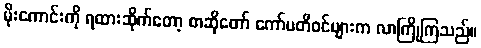
မိုးကောင်းကို ရထားဆိုက်တော့ စာဆိုတော် ကော်မတီဝင်များက လာကြိုကြသည်။